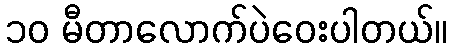
၁၀ မီတာလောက်ပဲဝေးပါတယ်။